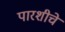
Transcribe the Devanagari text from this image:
पारशीचे